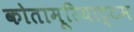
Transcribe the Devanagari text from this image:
कोतामूरियाट्टम